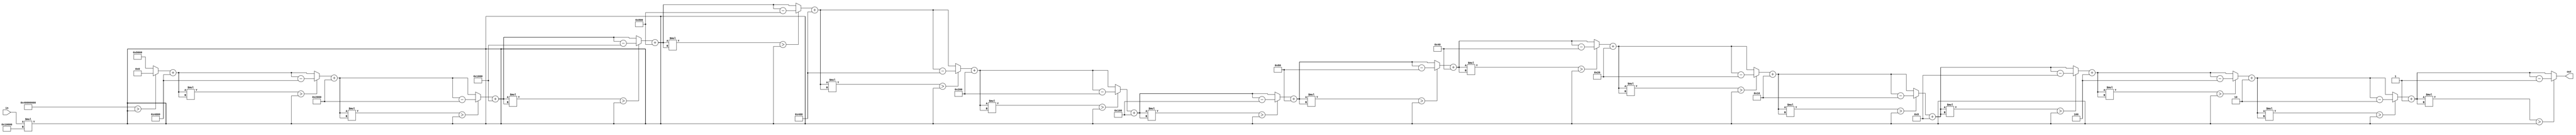
`timescale 1ns / 1ps
//////////////////////////////////////////////////////////////////////////////////
// Company: 
// Engineer: 
// 
// Design Name: 
// Module Name:    square_root 
// Project Name: 
// Target Devices: 
// Tool versions: 
// Description: 
//
// Dependencies: 
//
// Revision: 
// Revision 0.01 - File Created
// Additional Comments: 
//
//////////////////////////////////////////////////////////////////////////////////
module square_root(
	output reg[15:0] out,
	input [7:0] in);

	
	parameter my_width = 16;
		
	reg[my_width-1:0] precision; 
	reg[my_width-1:0] L;   
	reg[my_width-1:0] base;  
	reg[my_width-1:0] copy_out; 
	
	reg[4:0] i; 
	reg[31:0] new_in;
	
	
	always@(*) begin
	
		precision = 16'd16;
		L = precision - 1;
		base = 16'd2 ** L;
		copy_out = 16'b0; 
		out = 16'b0;
		
		/*deoarece intervalul in care se afla inputul este foarte sensibil
		il modificam, inmultindu-l cu 2 la puterea 16, adica precizia pe care ne-o dorim*/
		
		new_in = in * (16'd2 ** precision);
		
		//CORDIC
		for (i = 1; i <= 16; i = i + 1) begin
		
			copy_out = copy_out + base;
			
			if ((copy_out * copy_out) > new_in) begin
				copy_out = copy_out - base;
			end
			
			base = base >> 1;	
		end
		out = copy_out;
	end
	
endmodule